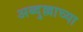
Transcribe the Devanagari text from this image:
अब्दुल्लाच्या